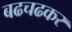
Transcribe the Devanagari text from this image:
बढचढकर